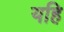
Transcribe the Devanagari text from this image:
यहि